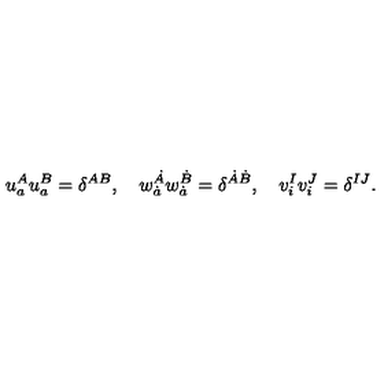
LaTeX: u _ { a } ^ { A } u _ { a } ^ { B } = \delta ^ { A B } , \quad w _ { \dot { a } } ^ { \dot { A } } w _ { \dot { a } } ^ { \dot { B } } = \delta ^ { \dot { A } \dot { B } } , \quad v _ { i } ^ { I } v _ { i } ^ { J } = \delta ^ { I J } .